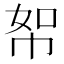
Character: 帤